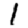
Digit: 1